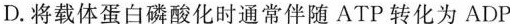
D.将载体蛋白磷酸化时通常伴随ATP转化为ADP